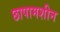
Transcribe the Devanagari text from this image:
छापामशीन